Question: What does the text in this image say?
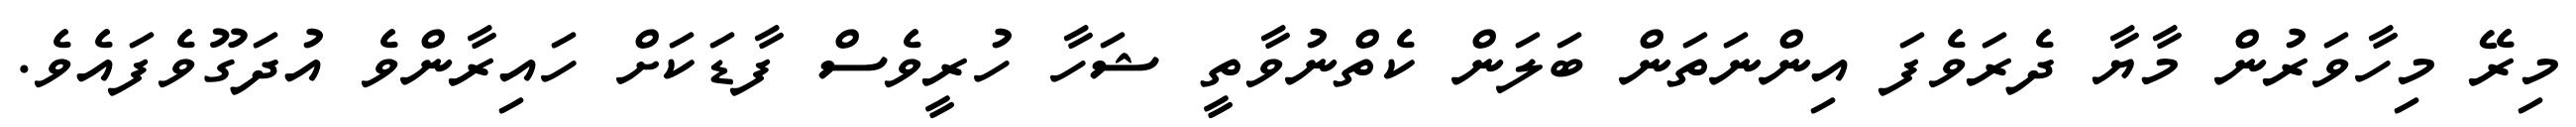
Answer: މިރޭ މިހާވަރުން މާޔާ ދެރަވެފަ އިންނަތަން ބަލަން ކެތްނުވާތީ ޝަހާ ހުރީވެސް ފާޑަކަށް ހައިރާންވެ އުދަގޫވެފައެވެ.